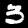
Digit: 3